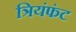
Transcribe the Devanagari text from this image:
त्रियंफंट